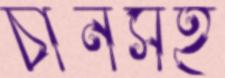
চীনসহ